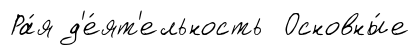
Ра́я д'е́ят'ельность Основны́е